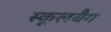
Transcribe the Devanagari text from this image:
स्कूलबैग